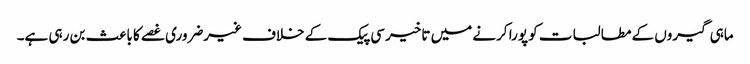
ماہی گیروں کے مطالبات کو پورا کرنے میں تاخیر سی پیک کے خلاف غیرضروری غصے کا باعث بن رہی ہے۔